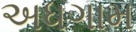
અધગામ